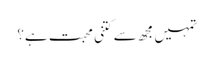
تمہیں مجھ سے کتنی محبت ہے؟